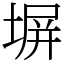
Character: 塀